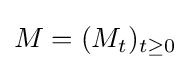
M=(M_{t})_{t\geq 0}